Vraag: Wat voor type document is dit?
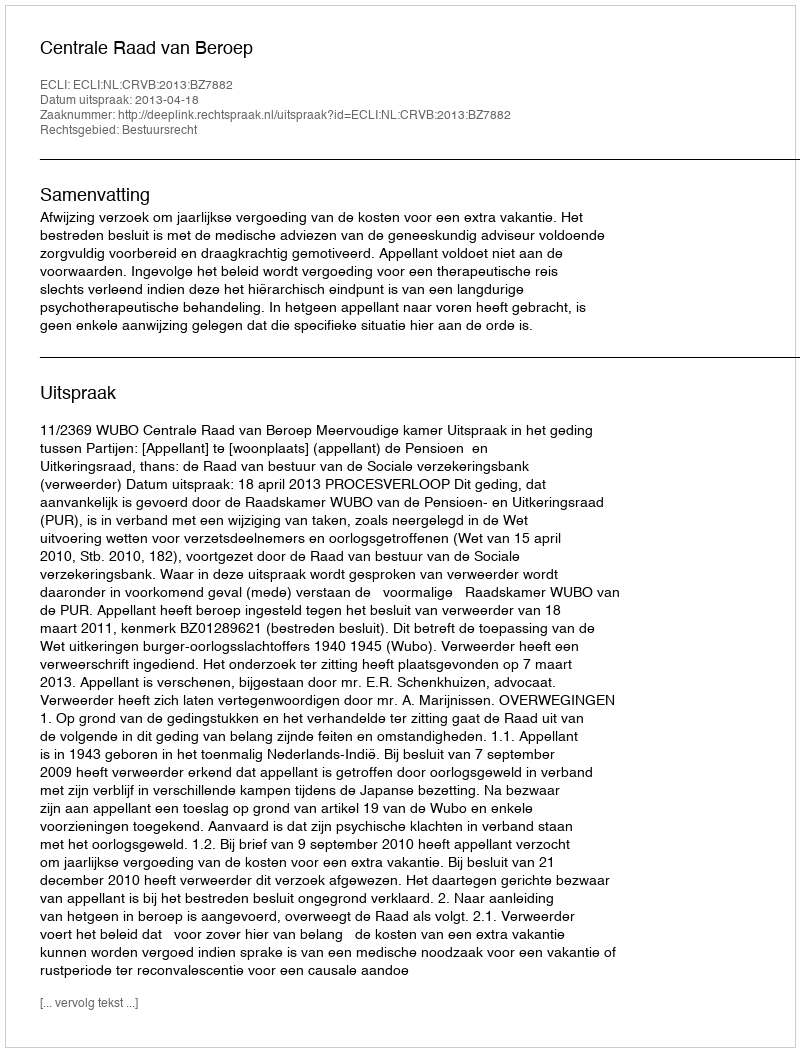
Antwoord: Uitspraak